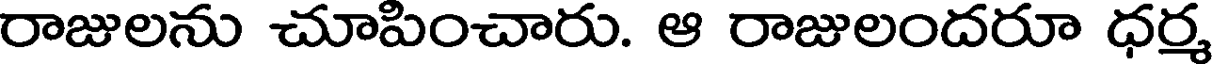
రాజులను చూపించారు. ఆ రాజులందరూ ధర్మ